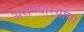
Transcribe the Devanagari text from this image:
असण्यार्‍याया